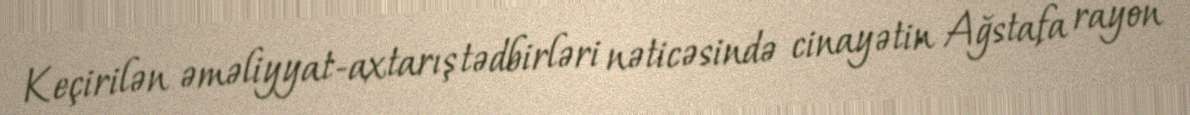
Keçirilən əməliyyat-axtarış tədbirləri nəticəsində cinayətin Ağstafa rayon